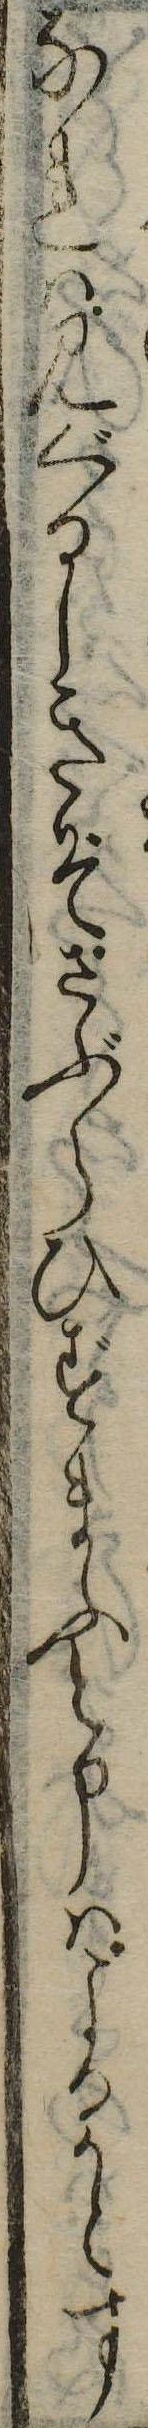
なれは見ぐるしきぞさぶらひずまふと申はよるかとす